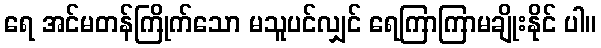
ရေ အင်မတန်ကြိုက်သော မသူပင်လျှင် ရေကြာကြာမချိုးနိုင် ပါ။